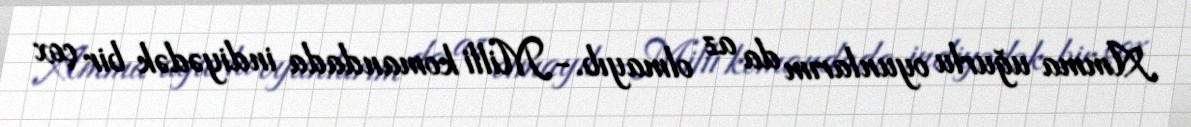
Amma uğurlu oyunlarım da az olmayıb.- Milli komandada indiyədək bir çox